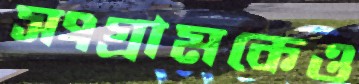
সংগ্রামকেও